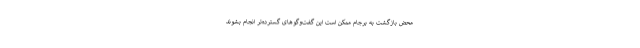
محض بازگشت به برجام ممکن است این گفت‌وگوهای گسترده‌تر انجام بشوند